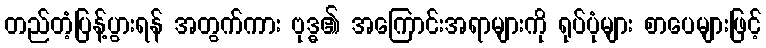
တည်တံ့ပြန့်ပွားရန် အတွက်ကား ဗုဒ္ဓ၏ အကြောင်းအရာများကို ရုပ်ပုံများ စာပေများဖြင့်